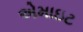
એમાઇટ